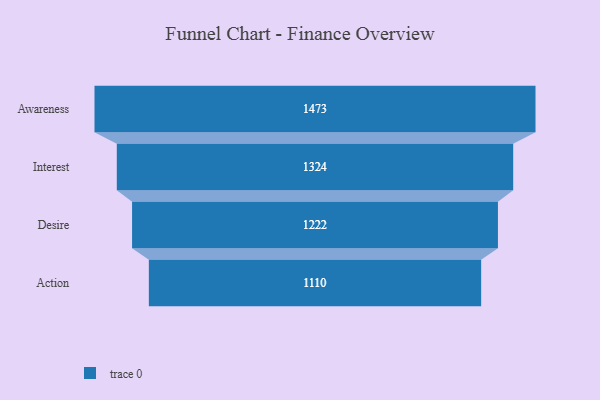
{"axis": {"x": "Stage", "y": "Value"}, "legend": [""], "data": [{"x": "Awareness", "y": 1473.0, "type": ""}, {"x": "Interest", "y": 1324.0, "type": ""}, {"x": "Desire", "y": 1222.0, "type": ""}, {"x": "Action", "y": 1110.0, "type": ""}]}